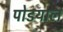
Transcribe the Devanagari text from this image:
पोडयाल